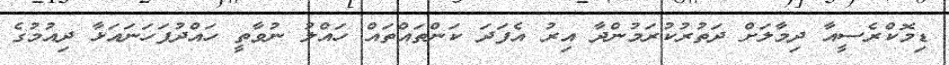
ޑިމޮކްރެސީއާ ދިމާލަށް ދަތުރުކުރަމުންދާ އިރު އެފަދަ ކަންތައްތައް ހައްލު ނުވާތީ ހައްދުފަހަނައަޅާ ދިއުމުގެ